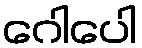
ဂေါပေါ